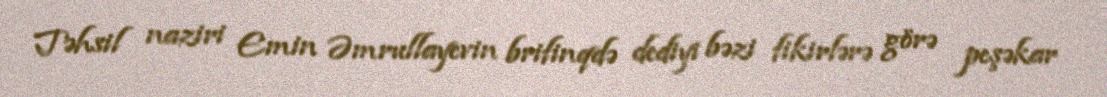
Təhsil naziri Emin Əmrullayevin brifinqdə dediyi bəzi fikirlərə görə peşəkar